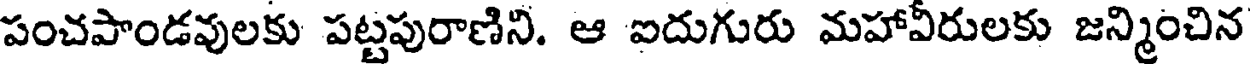
పంచపాండవులకు పట్టపురాణిని. ఆ ఐదుగురు మహావీరులకు జన్మించిన